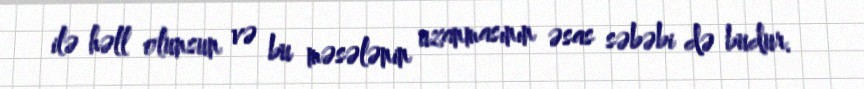
ilə həll olunsun və bu məsələnin uzanmasının əsas səbəbi də budur.